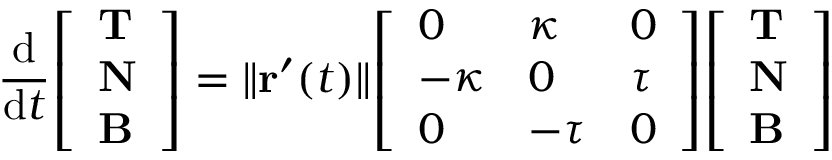
{ \frac { \mathrm { d } } { \mathrm { d } t } } { \left[ \begin{array} { l } { \mathbf { T } } \\ { \mathbf { N } } \\ { \mathbf { B } } \end{array} \right] } = \| \mathbf { r } ^ { \prime } ( t ) \| { \left[ \begin{array} { l l l } { 0 } & { \kappa } & { 0 } \\ { - \kappa } & { 0 } & { \tau } \\ { 0 } & { - \tau } & { 0 } \end{array} \right] } { \left[ \begin{array} { l } { \mathbf { T } } \\ { \mathbf { N } } \\ { \mathbf { B } } \end{array} \right] }